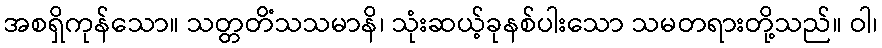
အစရှိကုန်သော။ သတ္တတိံသသမာနိ၊ သုံးဆယ့်ခုနစ်ပါးသော သမတရားတို့သည်။ ဝါ၊